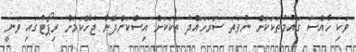
ވަކި ހާއްސަ ގައުމުތަކަކަށް ނުވަތަ ސަރަހައްދު ތަކަކަށް އިސްކަންދޭން ޖެހޭކަމަށް ރިޕޯޓުގައި ވަނީ